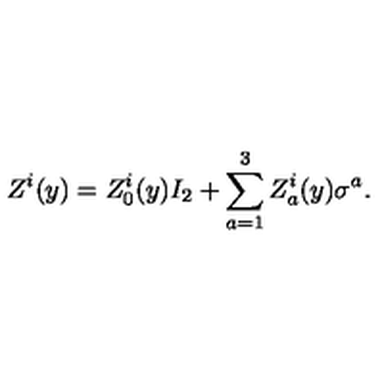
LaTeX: Z ^ { i } ( y ) = Z _ { 0 } ^ { i } ( y ) I _ { 2 } + \sum _ { a = 1 } ^ { 3 } Z _ { a } ^ { i } ( y ) \sigma ^ { a } .